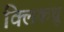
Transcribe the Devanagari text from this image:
क्लिकथ्रू